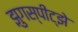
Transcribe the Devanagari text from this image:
झुगस्पीट्झे